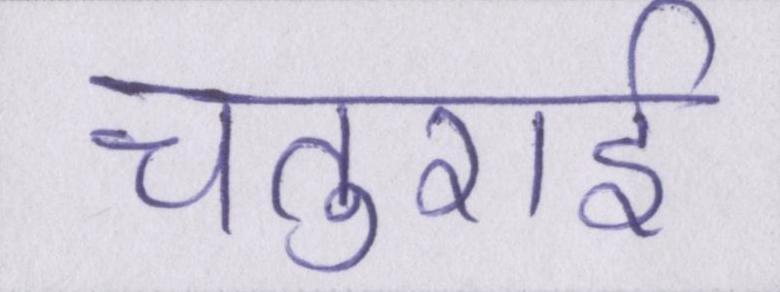
चतुराई